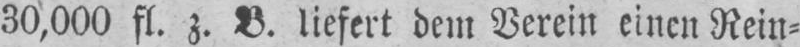
30,000 fl. z. B. liefert dem Verein einen Rein⸗